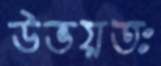
উভয়তঃ